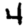
Digit: 4